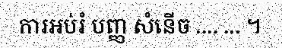
ការអប់រំ បញ្ញ សំនើច .... ... ។